Annual administration report of the Civil Veterinary Department of India - 1893-1894
Year: 1893
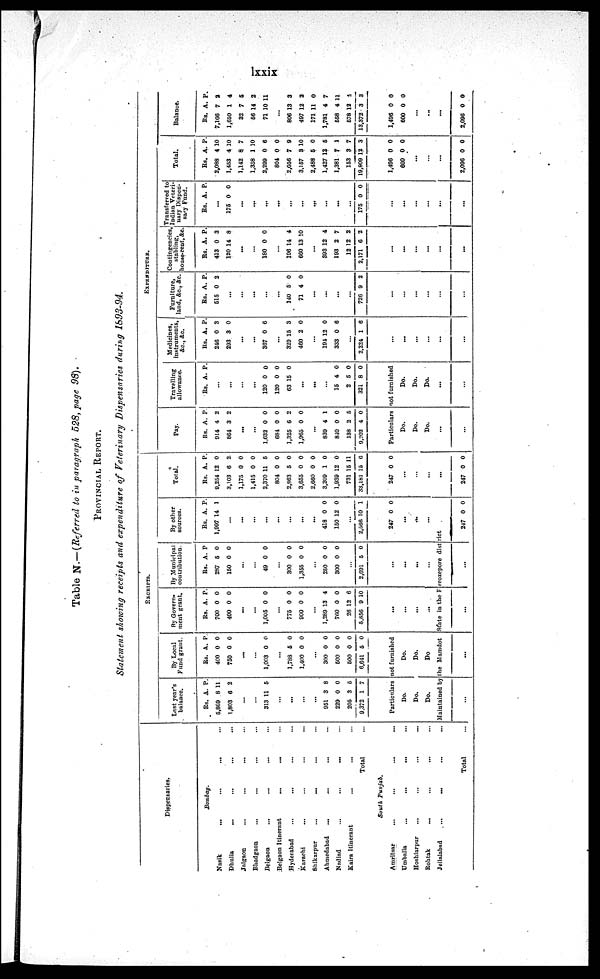
lxxix
Table N.—(Referred to in paragraph 528, page 98).
PROVINCIAL REPORT.
Statement showing receipts and expenditure of Veterinary Dispensaries during 1893-94.
Dispensaries.
Bombay.
Nasik
...
... ... ...
Dhulia ... ... ... ...
Jalgaon ... ... ... ...
Bhadgaon ... ... ... ...
Belgaon ... ... ... ...
Belgaon Itinerant... ... ...
Hyderabad
...
... ... ...
Karachi ... ... ... ...
Shikarpur
...
... ... ...
Ahmedabad
...
... ... ...
Nadiad ... ... ...
Kaira Itinerant... ... ...
Total ...
South
Punjab.
Amritsar ... ... ... ...
Umballa
...
... ... ...
Hoshiarpur ... ... ... ...
Rohtak ... ... ... ...
Jellalabad...
...
...
Total ...
RECEIPTS.
Last year's
balance.
Rs.
5,869
1,803
...
...
313
...
...
...
...
951
229
205
9,372
A.
8
6
11
3
0
3
1
P.
11
2
5
8
0
5
7
By Local
Fund grant.
Rs.
460
750
...
...
1,003
...
1,788
1.400
...
300
600
500
6,641
A.
0
0
0
5
0
0
0
0
5
P.
0
0
0
0
0
0
0
0
0
Particulars not furnished
Do.
Do.
Do.
Do.
Do.
Do
By Govern-
ment grant.
Rs.
700
400
...
...
1,005
...
775
900
...
1,289
760
26
5,856
A.
0
0
0
0
0
13
0
12
9
P.
0
0
0
0
0
4
0
6
10
...
...
...
...
By Municipal
contribution.
Rs.
287
150
...
...
49
...
300
1,355
...
250
300
...
2,691
A.
5
0
0
0
0
0
0
5
P
0
0
0
0
0
0
0
0
...
...
...
...
By other
sources.
Rs.
1,997
...
...
..
...
...
...
...
...
418
150
...
2,566
A.
14
.
0
12
10
P.
1
0
0
1
247
...
...
...
0 0
Maintained by the Mamdot State in the Ferozepore district
...
...
...
...
247 0 0
Total.
Rs.
9,254
3,103
1,175
1,415
2,370
804
2,863
3,655
2,660
3,209
1,939
731
33,181
A.
12
6
0
0
11
0
5
0
0
1
12
15
15
P.
0
2
0
0
5
0
0
0
0
0
0
11
6
247
...
...
...
...
247
0
0
0
0
EXPENDITURE.
Pay.
Rs.
914
864
...
...
1,632
684
1,325
1,965
...
839
840
138
9,202
A.
4
3
0
0
6
0
4
0
2
4
P
2
2
0
0
2
0
1
0
5
0
Travelling
allowance.
Rs.
...
...
...
...
120
120
63
...
...
...
15
2
321
A.
0
0
15
4
5
8
P.
0
0
0
0
0
0
Particulars not furnished
Do.
Do.
Do,
...
...
Do.
Do.
Do.
...
...
Medicines
instruments,
&c., &c.
Rs.
246
293
...
...
367
...
329
460
...
194
333
...
2,224
A.
0
3
0
15
2
12
0
1
P.
3
0
6
3
0
0
6
6
...
...
...
...
...
...
Furniture,
land, &c,&c.
Rs.
515
...
...
...
...
...
140
71
...
...
...
...
726
A.
0
5
4
9
P.
2
0
0
2
...
...
...
...
...
...
Contingencies,
stabling
house-rent, &c.
Rs.
413
120
...
...
180
...
196
660
..
393
193
12
2,171
A.
0
14
0
14
13
.
12
2
12
6
P.
3
8
0
4
10
4
7
2
2
...
...
...
...
...
...
Transferred
Indian Veteri-
nary Dispen-
sary Fund.
Rs.
...
175
...
...
...
...
...
...
...
...
...
...
175
A.
0
0
P.
0
0
...
...
...
...
...
...
Total.
Rs.
2,088
1,453
1,142
1,358
2,299
804
2,056
3,157
2,488
1,427
1,381
153
19,809
A.
4
4
8
1
0
0
7
3
5
12
7
3
12
P.
10
10
7
10
6
0
9
10
0
6
1
7
3
1,496
600
0
0
0
0
...
...
...
2,096 0 0
Balance.
Rs.
7,166
1,650
32
56
71
...
806
497
171
1,781
558
678
13,372
A.
7
1
7
14
10
13
12
11
4
4
12
3
P.
2
4
6
2
11
3
2
0
7
11
4
3
1,496
600
0
0
0
0
...
...
...
2,096 0 0